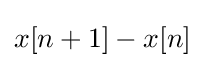
x[n+1]-x[n]